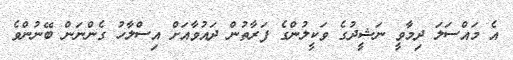
އެ މައްސަލަ ދިމާވީ ނަޝީދުގެ ވަކީލުންގެ ފަރާތުން ދައުވާއަށް އިސްލާހު ގެންނަން ބޭނުންވެ